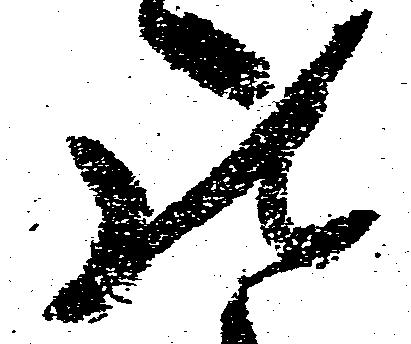
の